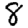
Digit: 8